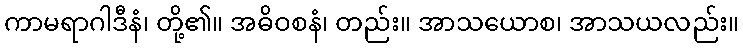
ကာမရာဂါဒီနံ၊ တို့၏။ အဓိဝစနံ၊ တည်း။ အာသယောစ၊ အာသယလည်း။